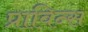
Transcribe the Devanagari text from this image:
प्राविन्स